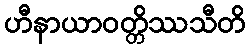
ဟီနာယာဝတ္တိဿသီတိ